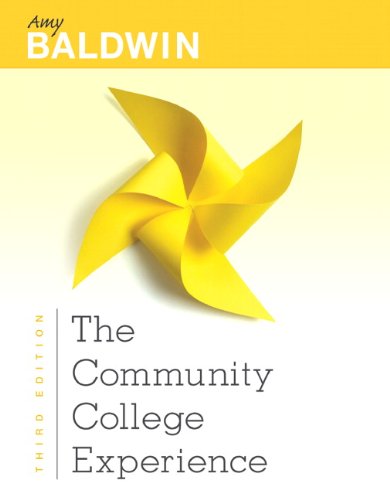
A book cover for The Community College Experience (3rd Edition); Amy Baldwin M.A.; Education & Teaching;